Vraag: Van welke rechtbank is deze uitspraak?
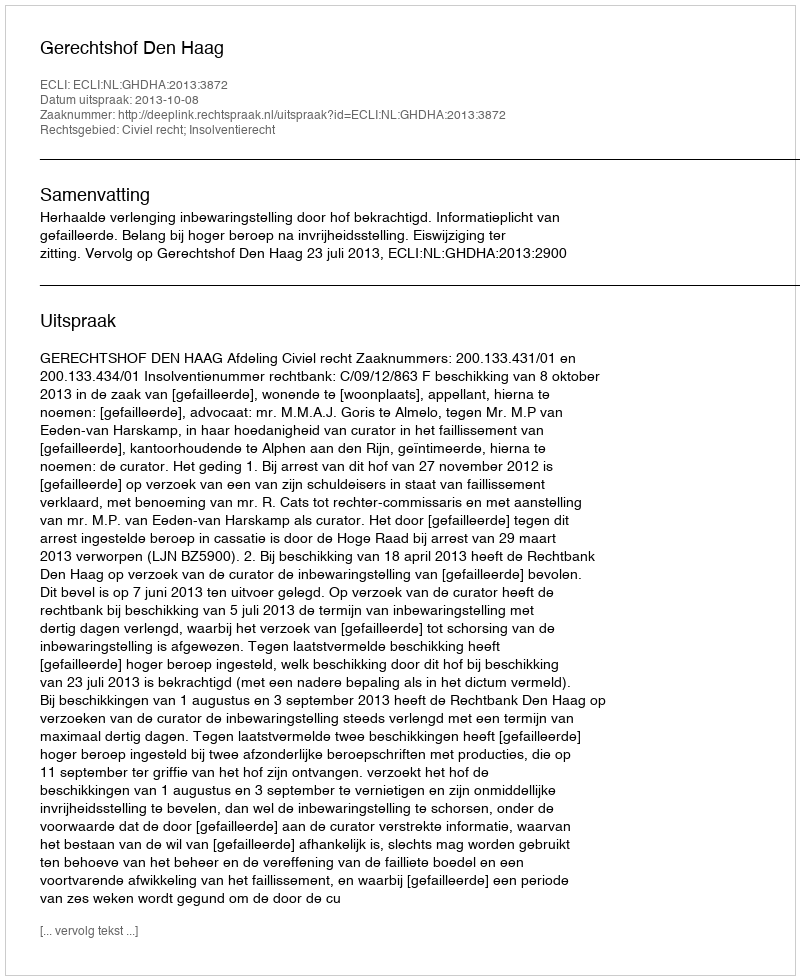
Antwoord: Gerechtshof Den Haag